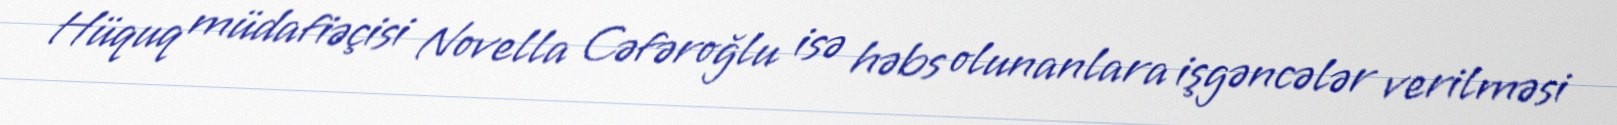
Hüquq müdafiəçisi Novella Cəfəroğlu isə həbs olunanlara işgəncələr verilməsi